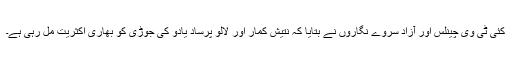
کئی ٹی وی چینلس اور آزاد سروے نگاروں نے بتایا کہ نتیش کمار اور لالو پرساد یادو کی جوڑی کو بھاری اکثریت مل رہی ہے۔